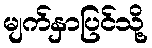
မျက်နှာပြင်သို့